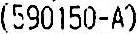
(590150-A)